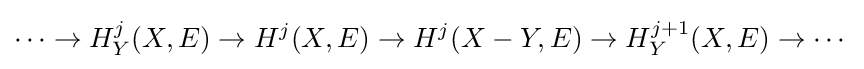
\cdots \to H_{Y}^{j}(X,E)\to H^{j}(X,E)\to H^{j}(X-Y,E)\to H_{Y}^{j+1}(X,E)\to \cdots